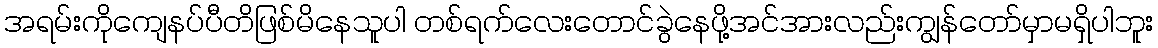
အရမ်းကိုကျေနပ်ပီတိဖြစ်မိနေသူပါ တစ်ရက်လေးတောင်ခွဲနေဖို့အင်အားလည်းကျွန်တော်မှာမရှိပါဘူး